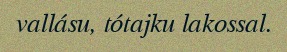
vallásu, tótajku lakossal.